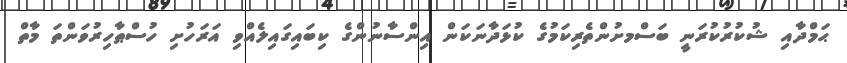
ޙަމްދާއި ޝުކުރުކުރަނީ ބަސްމށުންތެރިކަމުގެ ކުޅަދާނަކަން އިންސާނުންގެ ކިބައިގައިލެއްވި އަރަހުށި ހުސްޠާހިރުވަންތަ މާތް